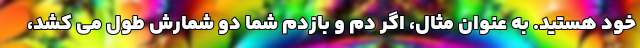
خود هستید. به عنوان مثال، اگر دم و بازدم شما دو شمارش طول می کشد،